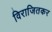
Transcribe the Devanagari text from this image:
विराजितकर